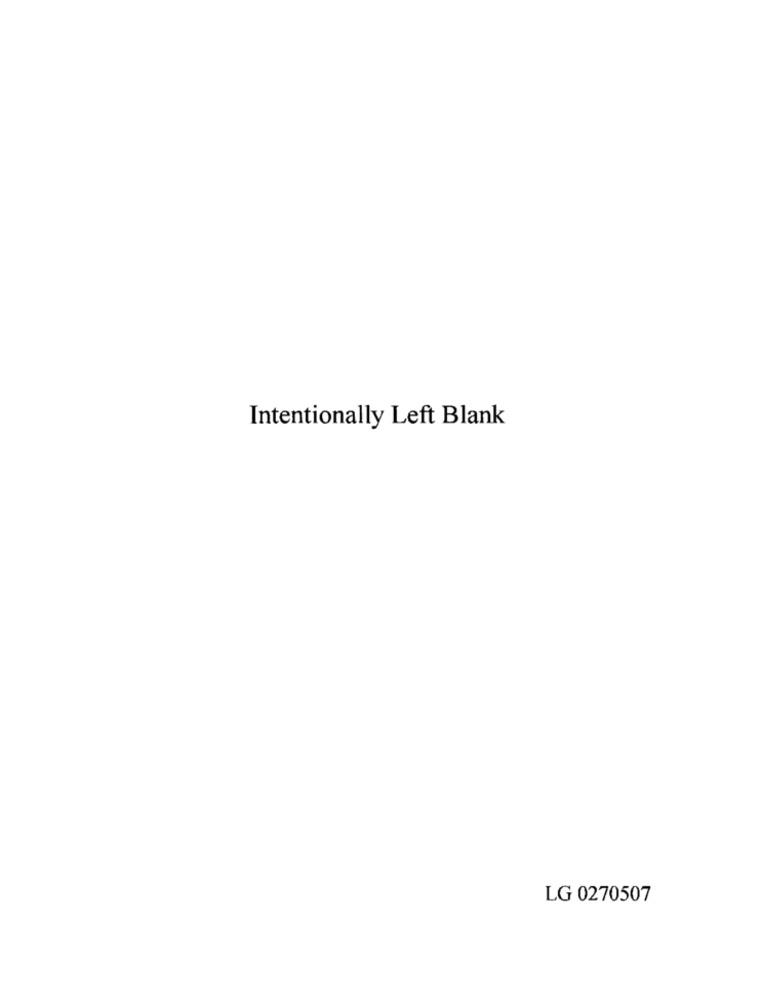
Intentionally Left Blank
LG 0270507